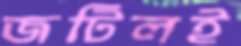
জটিলই